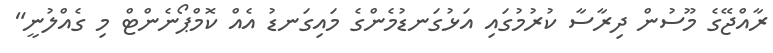
ރާއްޖޭގެ މޫސުން ދިރާސާ ކުރުމުގައި އަޅުގަނޑުމެންގެ މައިގަނޑު އެއް ކޮމްޕޯނެންޓް މި ގެއްލުނީ"